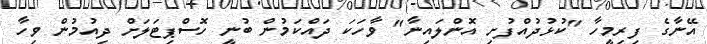
އޭނާގެ ފިރިމީހާ "ކުޅުދުއްފުށި އޮންލައިނާ" ވާހަކަ ދައްކަމުން ބުނީ ހޮސްޕިޓަލަށް ދިއުމުން ވިހާ